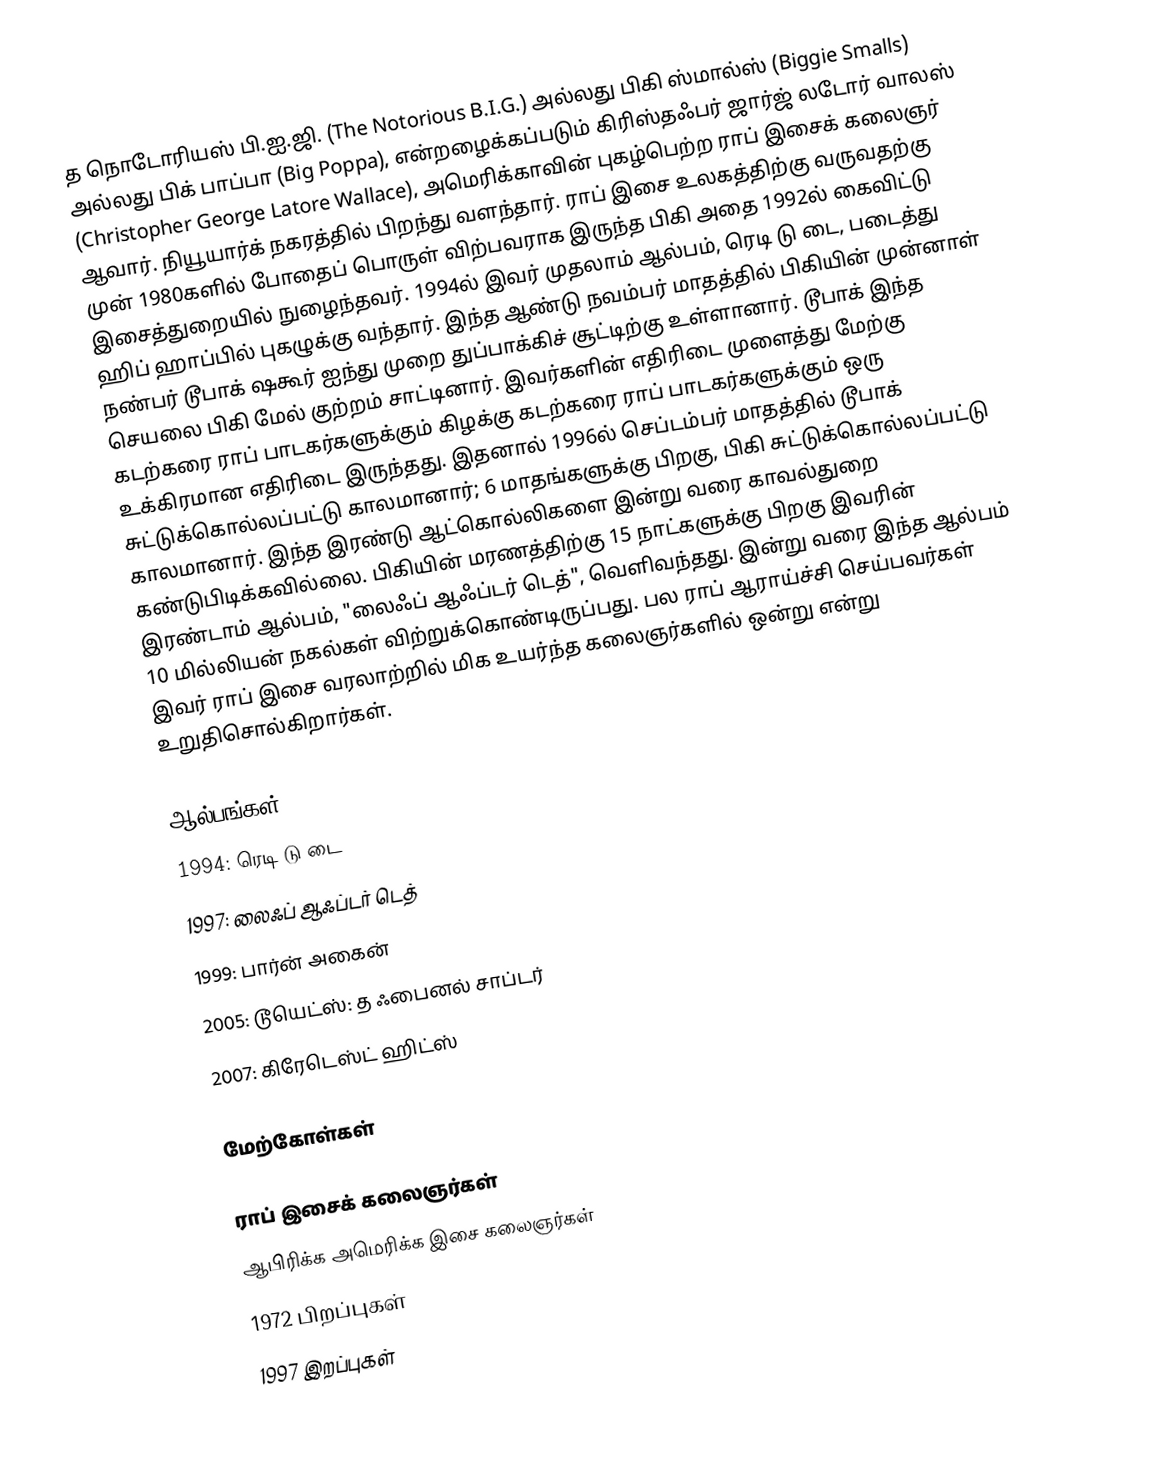
த நொடோரியஸ் பி.ஐ.ஜி. (The Notorious B.I.G.) அல்லது பிகி ஸ்மால்ஸ் (Biggie Smalls) அல்லது பிக் பாப்பா (Big Poppa), என்றழைக்கப்படும் கிரிஸ்தஃபர் ஜார்ஜ் லடோர் வாலஸ் (Christopher George Latore Wallace), அமெரிக்காவின் புகழ்பெற்ற ராப் இசைக் கலைஞர் ஆவார். நியூயார்க் நகரத்தில் பிறந்து வளந்தார். ராப் இசை உலகத்திற்கு வருவதற்கு முன் 1980களில் போதைப் பொருள் விற்பவராக இருந்த பிகி அதை 1992ல் கைவிட்டு இசைத்துறையில் நுழைந்தவர். 1994ல் இவர் முதலாம் ஆல்பம், ரெடி டு டை, படைத்து ஹிப் ஹாப்பில் புகழுக்கு வந்தார். இந்த ஆண்டு நவம்பர் மாதத்தில் பிகியின் முன்னாள் நண்பர் டூபாக் ஷகூர் ஐந்து முறை துப்பாக்கிச் சூட்டிற்கு உள்ளானார். டூபாக் இந்த செயலை பிகி மேல் குற்றம் சாட்டினார். இவர்களின் எதிரிடை முளைத்து மேற்கு கடற்கரை ராப் பாடகர்களுக்கும் கிழக்கு கடற்கரை ராப் பாடகர்களுக்கும் ஒரு உக்கிரமான எதிரிடை இருந்தது. இதனால் 1996ல் செப்டம்பர் மாதத்தில் டூபாக் சுட்டுக்கொல்லப்பட்டு காலமானார்; 6 மாதங்களுக்கு பிறகு, பிகி சுட்டுக்கொல்லப்பட்டு காலமானார். இந்த இரண்டு ஆட்கொல்லிகளை இன்று வரை காவல்துறை கண்டுபிடிக்கவில்லை. பிகியின் மரணத்திற்கு 15 நாட்களுக்கு பிறகு இவரின் இரண்டாம் ஆல்பம், "லைஃப் ஆஃப்டர் டெத்", வெளிவந்தது. இன்று வரை இந்த ஆல்பம் 10 மில்லியன் நகல்கள் விற்றுக்கொண்டிருப்பது. பல ராப் ஆராய்ச்சி செய்பவர்கள் இவர் ராப் இசை வரலாற்றில் மிக உயர்ந்த கலைஞர்களில் ஒன்று என்று உறுதிசொல்கிறார்கள்.

ஆல்பங்கள்
 1994: ரெடி டு டை
 1997: லைஃப் ஆஃப்டர் டெத்
 1999: பார்ன் அகைன்
 2005: டூயெட்ஸ்: த ஃபைனல் சாப்டர்
 2007: கிரேடெஸ்ட் ஹிட்ஸ்

மேற்கோள்கள்

ராப் இசைக் கலைஞர்கள்
ஆபிரிக்க அமெரிக்க இசை கலைஞர்கள்
1972 பிறப்புகள்
1997 இறப்புகள்